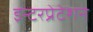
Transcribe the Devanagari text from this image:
इन्टरप्रेटेशन